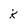
Character: k